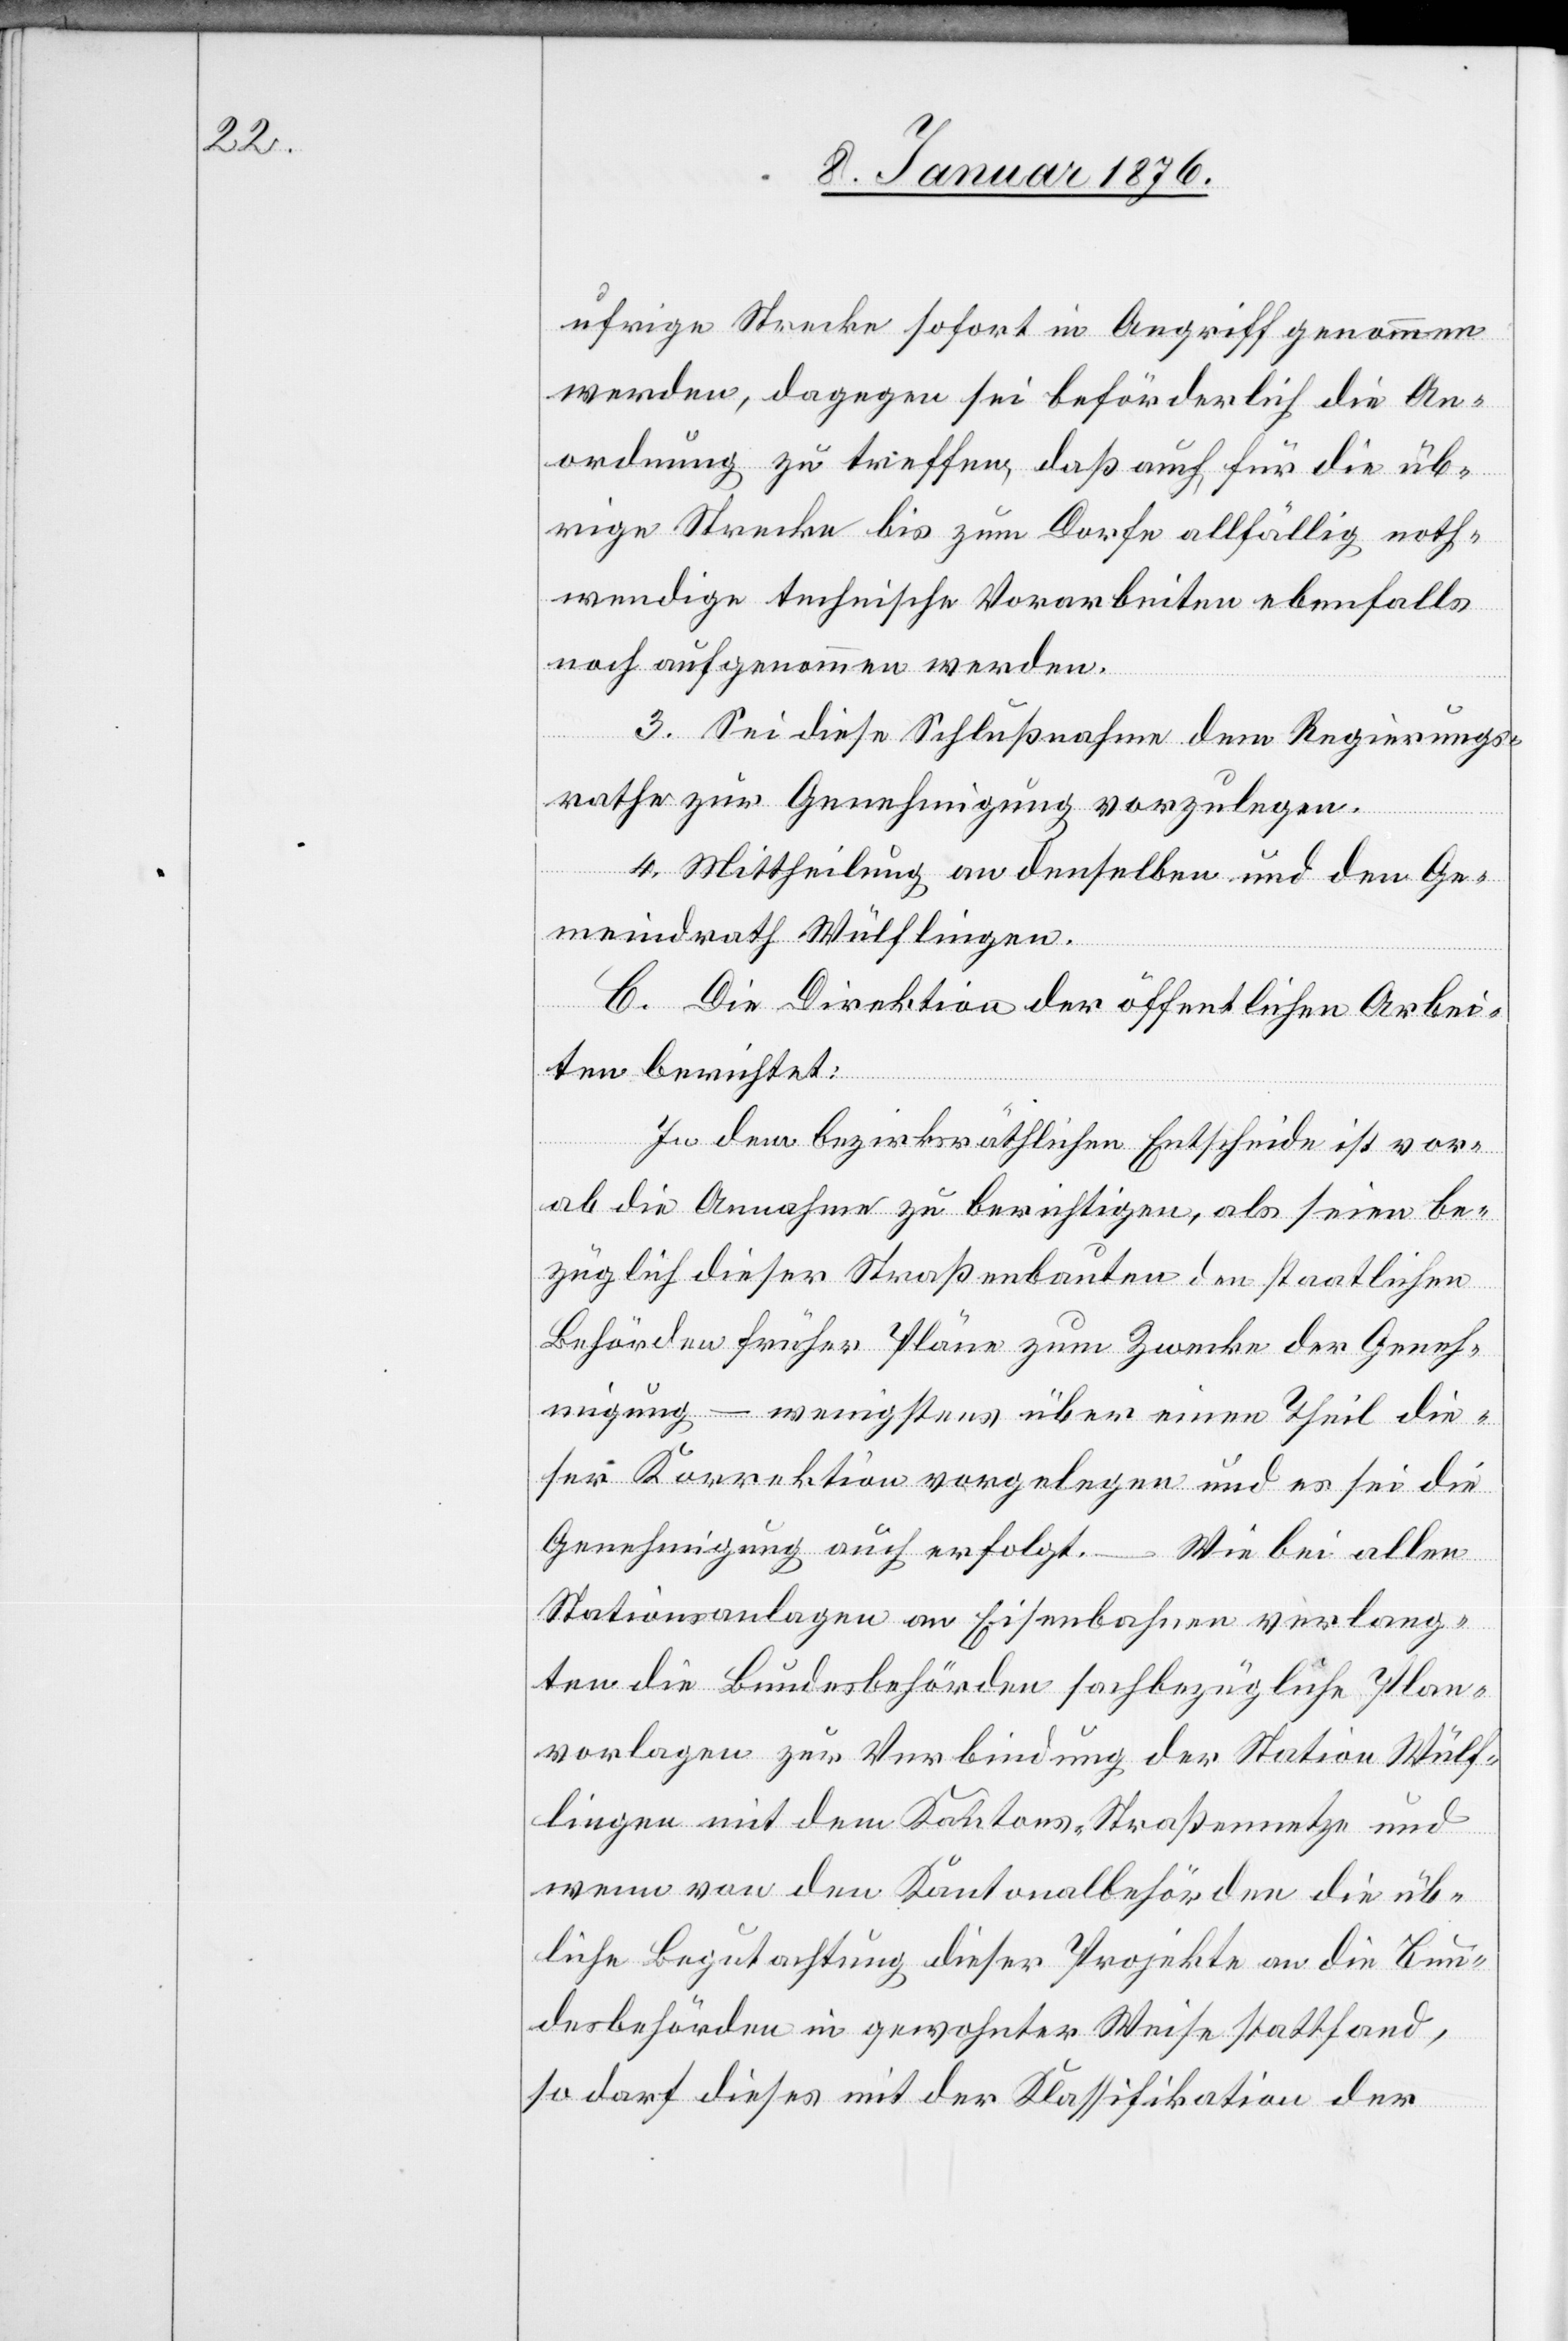
ufrige Strecke sofort in Angriff genommen
werden, dagegen sei beförderlich die An¬
ordnung zu treffen, daß auch für die üb¬
rige Strecke bis zum Dorfe allfällig noth¬
wendige technische Vorarbeiten ebenfalls
noch aufgenommen werden.
3. Sei diese Schlußnahme dem Regierungs¬
rathe zur Genehmigung vorzulegen.
4. Mittheilung an denselben und den Ge¬
meindrath Wülflingen.
C. Die Direktion der öffentlichen Arbei¬
ten berichtet:
In dem bezirksräthlichen Entscheide ist vor¬
ab die Annahme zu berichtigen, als seien be¬
züglich dieser Straßenbauten den stattlichen
Behörden früher Pläne zum Zwecke der Geneh¬
migung – wenigstens über einen Theil die¬
ser Korrektion vorgelegen und es sei die
Genehmigung auch erfolgt. – Wie bei allen
Stationsanlagen an Eisenbahnen verlang¬
ten die Bundesbehörden sachbezügliche Plan¬
vorlagen zur Verbindung der Station Wülf¬
lingen mit dem Kantons-Straßennetze und
wenn von den Kantonalbehörden die üb¬
liche Begutachtung dieser Projekte an die Bun¬
desbehörden in gewohnter Weise stattfand,
so darf dieses mit der Klassifikation der